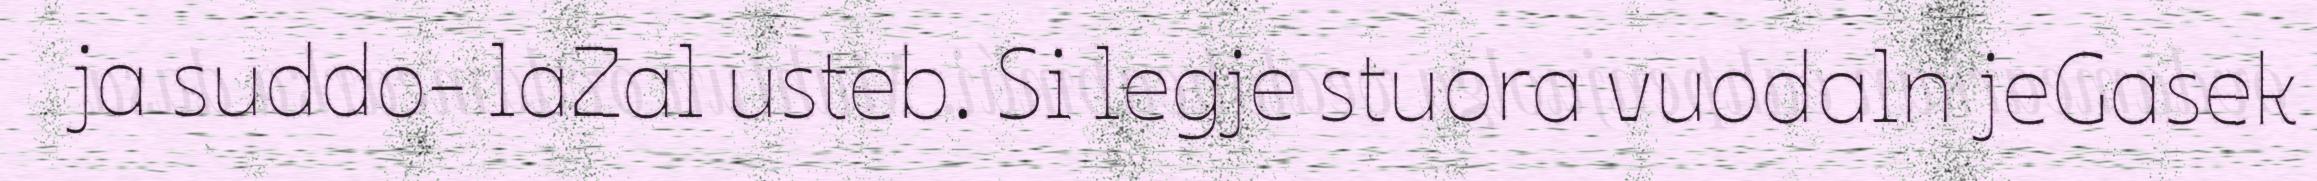
ja suddo- laZal usteb. Si legje stuora vuodaln jeGasek